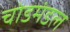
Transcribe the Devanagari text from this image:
चोडमंडल